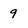
Character: 9